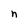
Character: n